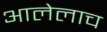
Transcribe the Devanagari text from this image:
आलेलाच